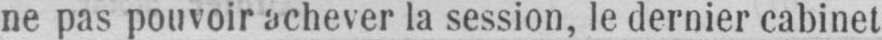
ne pas pouvoir achever la session, le dernier cabinet